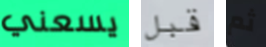
يسعني قبل ثم